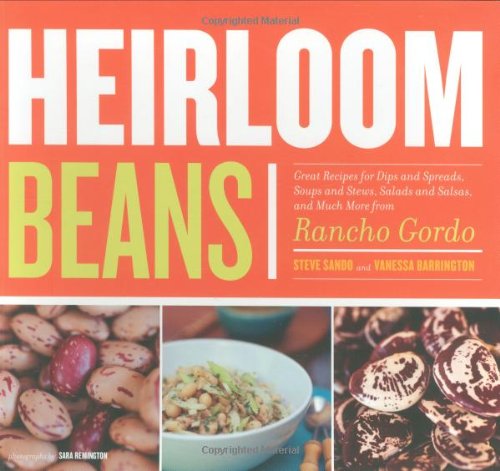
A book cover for Heirloom Beans: Great Recipes for Dips and Spreads, Soups and Stews, Salads and Salsas, and Much More from Rancho Gordo; Steve Sando; Cookbooks, Food & Wine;